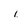
Character: i